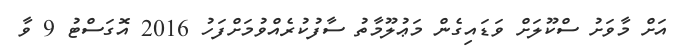
އަށް މާވަށު ސްކޫލަށް ވަޑައިގެން މަޢުލޫމާތު ސާފުކުރެއްވުމަށްފަހު 2016 އޮގަސްޓު 9 ވާ